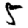
Digit: 5